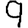
Digit: 9